Scottish Leaving Certificate Examination, 1955
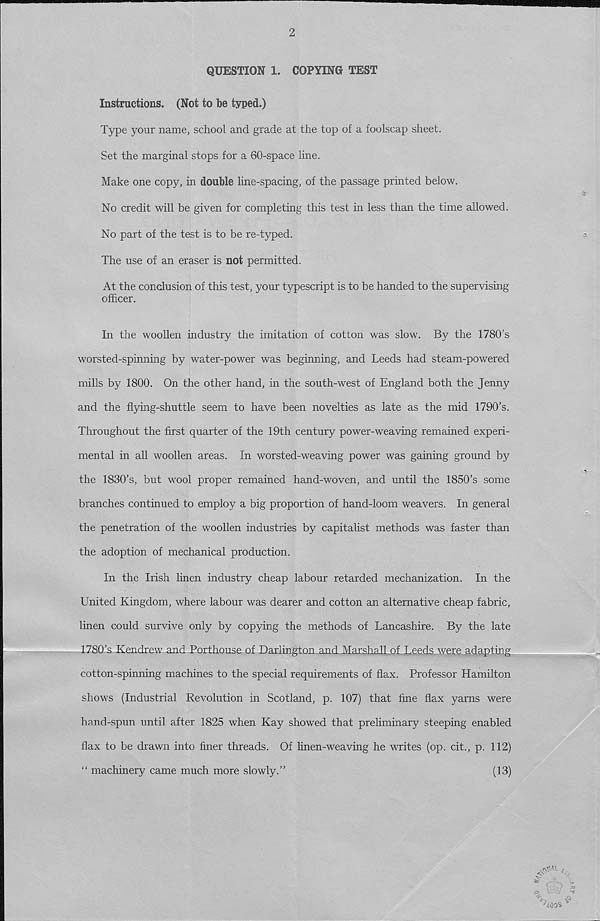
2
QUESTION 1. COPYING TEST
Instructions. (Not to be typed.)
Type your name, school and grade at the top of a foolscap sheet.
Set the marginal stops for a 60-space line.
Make one copy, in double line-spacing, of the passage printed below.
No credit will be given for completing this test in less than the time allowed.
No part of the test is to be re-typed.
The use of an eraser is not permitted.
At the conclusion of this test, your typescript is to be handed to the supervising
officer.
In the woollen industry the imitation of cotton was slow. By the 1780’s
worsted-spinning by water-power was beginning, and Leeds had steam-powered
mills by 1800. On the other hand, in the south-west of England both the Jenny
and the flying-shuttle seem to have been novelties as late as the mid 1790’s.
Throughout the first quarter of the 19th century power-weaving remained experi-
mental in all woollen areas. In worsted-weaving power was gaining ground by
the 1830’s, but wool proper remained hand-woven, and until the 1850’s some
branches continued to employ a big proportion of hand-loom weavers. In general
the penetration of the woollen industries by capitalist methods was faster than
the adoption of mechanical production.
In the Irish linen industry cheap labour retarded mechanization. In the
United Kingdom, where labour was dearer and cotton an alternative cheap fabric,
linen could survive only by copying the methods of Lancashire. By the late
1780’s Kendrew and Porthouse of Darlington and Marshall of Leeds were adapting
cotton-spinning machines to the special requirements of flax. Professor Hamilton
shows (Industrial Revolution in Scotland, p. 107) that fine flax yarns were
hand-spun until after 1825 when Kay showed that preliminary steeping enabled
flax to be drawn into finer threads. Of linen-weaving he writes (op. cit., p. 112)
“ machinery came much more slowly.”
(13)
.r^M. ,
(5
^ ' o